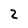
Character: 2